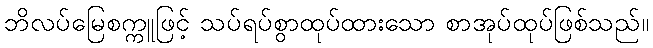
ဘိလပ်မြေစက္ကူဖြင့် သပ်ရပ်စွာထုပ်ထားသော စာအုပ်ထုပ်ဖြစ်သည်။